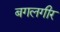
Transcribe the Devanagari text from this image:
बगलगीर